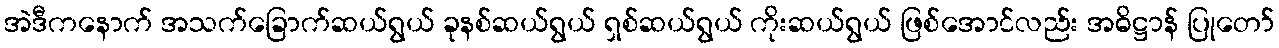
အဲဒီကနောက် အသက်ခြောက်ဆယ်ရွယ် ခုနစ်ဆယ်ရွယ် ရှစ်ဆယ်ရွယ် ကိုးဆယ်ရွယ် ဖြစ်အောင်လည်း အဓိဋ္ဌာန် ပြုတော်